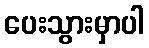
ပေးသွားမှာပါ